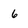
Character: 6